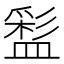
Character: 𥂑